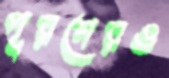
পূরণেরও